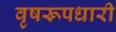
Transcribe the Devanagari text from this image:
वृषरूपधारी